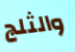
والثلج